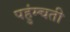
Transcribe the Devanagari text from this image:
पहुंम्चती